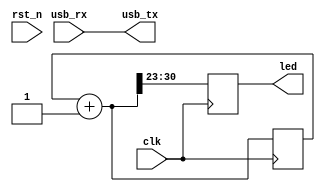
module top(
    input clk,              // 100MHz clock
    input rst_n,            // reset button (active low)
    output [7:0] led,       // 8 user controllable LEDs
    input usb_rx,           // USB->Serial input
    output usb_tx           // USB->Serial output
    );
    
    wire rst = ~rst_n;
    
    assign usb_tx = usb_rx;  // echo the serial data

    reg [31:0] counter;

    always @(posedge clk) begin
        counter = counter + 1;
        led = counter[31:23];
    end

endmodule